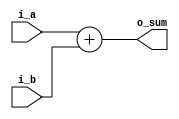
module adder_4b (

        input [WIDTH-1:0] i_a,
        input [WIDTH-1:0] i_b,
        output [WIDTH:0] o_sum
    
    );
        reg [WIDTH:0] sum_p;

    parameter WIDTH = 4; 

    always @(*) begin
        sum_p = i_a + i_b;
    end

    assign o_sum = sum_p;

    endmodule